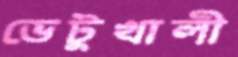
ভেটুখালী